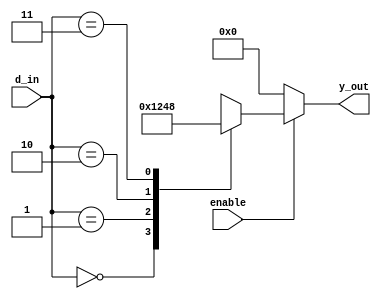
`timescale 1ns / 1ps
//////////////////////////////////////////////////////////////////////////////////
// Company: 
// Engineer: 
// 
// Design Name: 
// Module Name: decoder2to4
// Project Name: 
// Target Devices: 
// Tool Versions: 
// Description: 
// 
// Dependencies: 
// 
// Revision:
// Revision 0.01 - File Created
// Additional Comments:
// 
//////////////////////////////////////////////////////////////////////////////////


module decoder2to4(
    input enable,
    input [1:0] d_in,
    output reg [3:0] y_out
    );
    always@*
    if(enable=='b0)
        begin
        y_out='b0;
        end
    else
        begin
        case(d_in)
        2'b00:y_out=4'b0001;
        2'b01:y_out=4'b0010;
        2'b10:y_out=4'b0100;
        2'b11:y_out=4'b1000;
        default:y_out=4'b0001;
        endcase
        end
endmodule